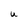
Character: U